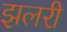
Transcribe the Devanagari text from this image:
झलरी